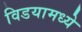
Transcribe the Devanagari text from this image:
विडयामध्ये